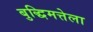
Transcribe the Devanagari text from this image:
बुद्धिमत्तेला